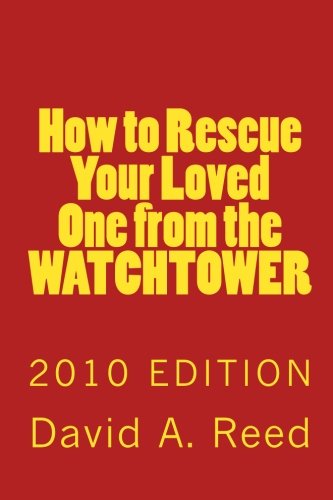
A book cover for How to Rescue Your Loved One from the Watchtower: 2010 Edition; David A Reed; Christian Books & Bibles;